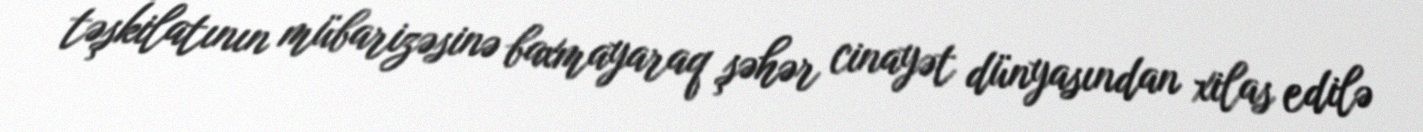
təşkilatının mübarizəsinə baxmayaraq şəhər cinayət dünyasından xilas edilə